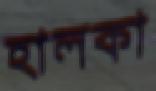
হালকা